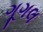
ગૂગલ